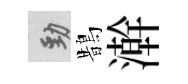
勁鵲澣